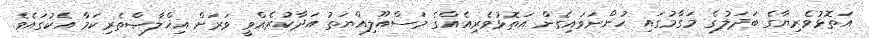
އަތޮޅުވެރިޔާގެ ބަދަލުގެ މަގާމުގައި ހުންނަވައިގެން އަތޮޅުވެރިއެއްގެ މަސްއޫލިއްޔަތު އަދާކުރެއްވީ ވަރަށް އިޚްލާޞްތެރިކަމާ އެކުގައެވެ.